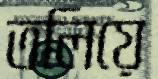
তলিয়ে